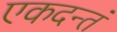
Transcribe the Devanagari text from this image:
एकदन्तं